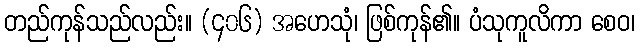
တည်ကုန်သည်လည်း။ (၄၀၆) အဟေသုံ၊ ဖြစ်ကုန်၏။ ပံသုကူလိကာ စေဝ၊